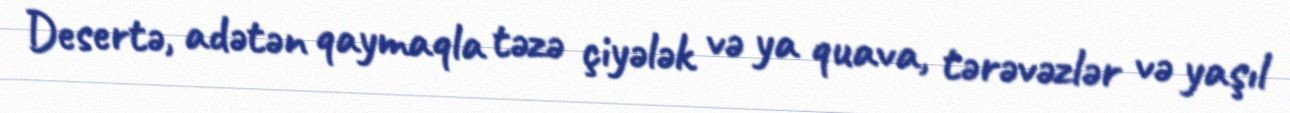
Desertə, adətən qaymaqla təzə çiyələk və ya quava, tərəvəzlər və yaşıl